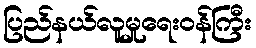
ပြည်နယ်လူမှုရေးဝန်ကြီး